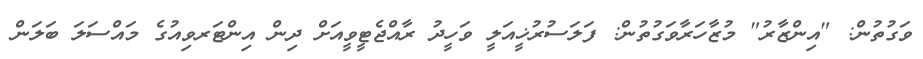
ވަގުތުން: "އިންޒާރު" މުޒާހަރާވަގުތުން: ފަލަސުރުޚީއަލީ ވަހީދު ރާއްޖެޓީވީއަށް ދިން އިންޓަރވިއުގެ މައްސަލަ ބަލަން